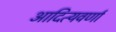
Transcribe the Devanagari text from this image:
आदित्यवर्णा